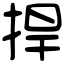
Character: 捍